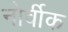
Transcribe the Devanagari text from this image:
नोर्वीक